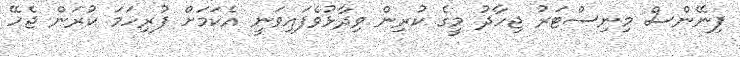
ފިނޭންސް މިނިސްޓަރު ޖިހާދު މީގެ ކުރިން ވިދާޅުވެފައިވަނީ އެކަމަށް ފުރިހަމަ ކުރަން ޖެހޭ